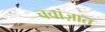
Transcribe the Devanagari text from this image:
चचाज़ात